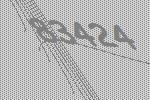
83424